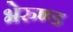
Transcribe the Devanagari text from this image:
भेरुण्ड